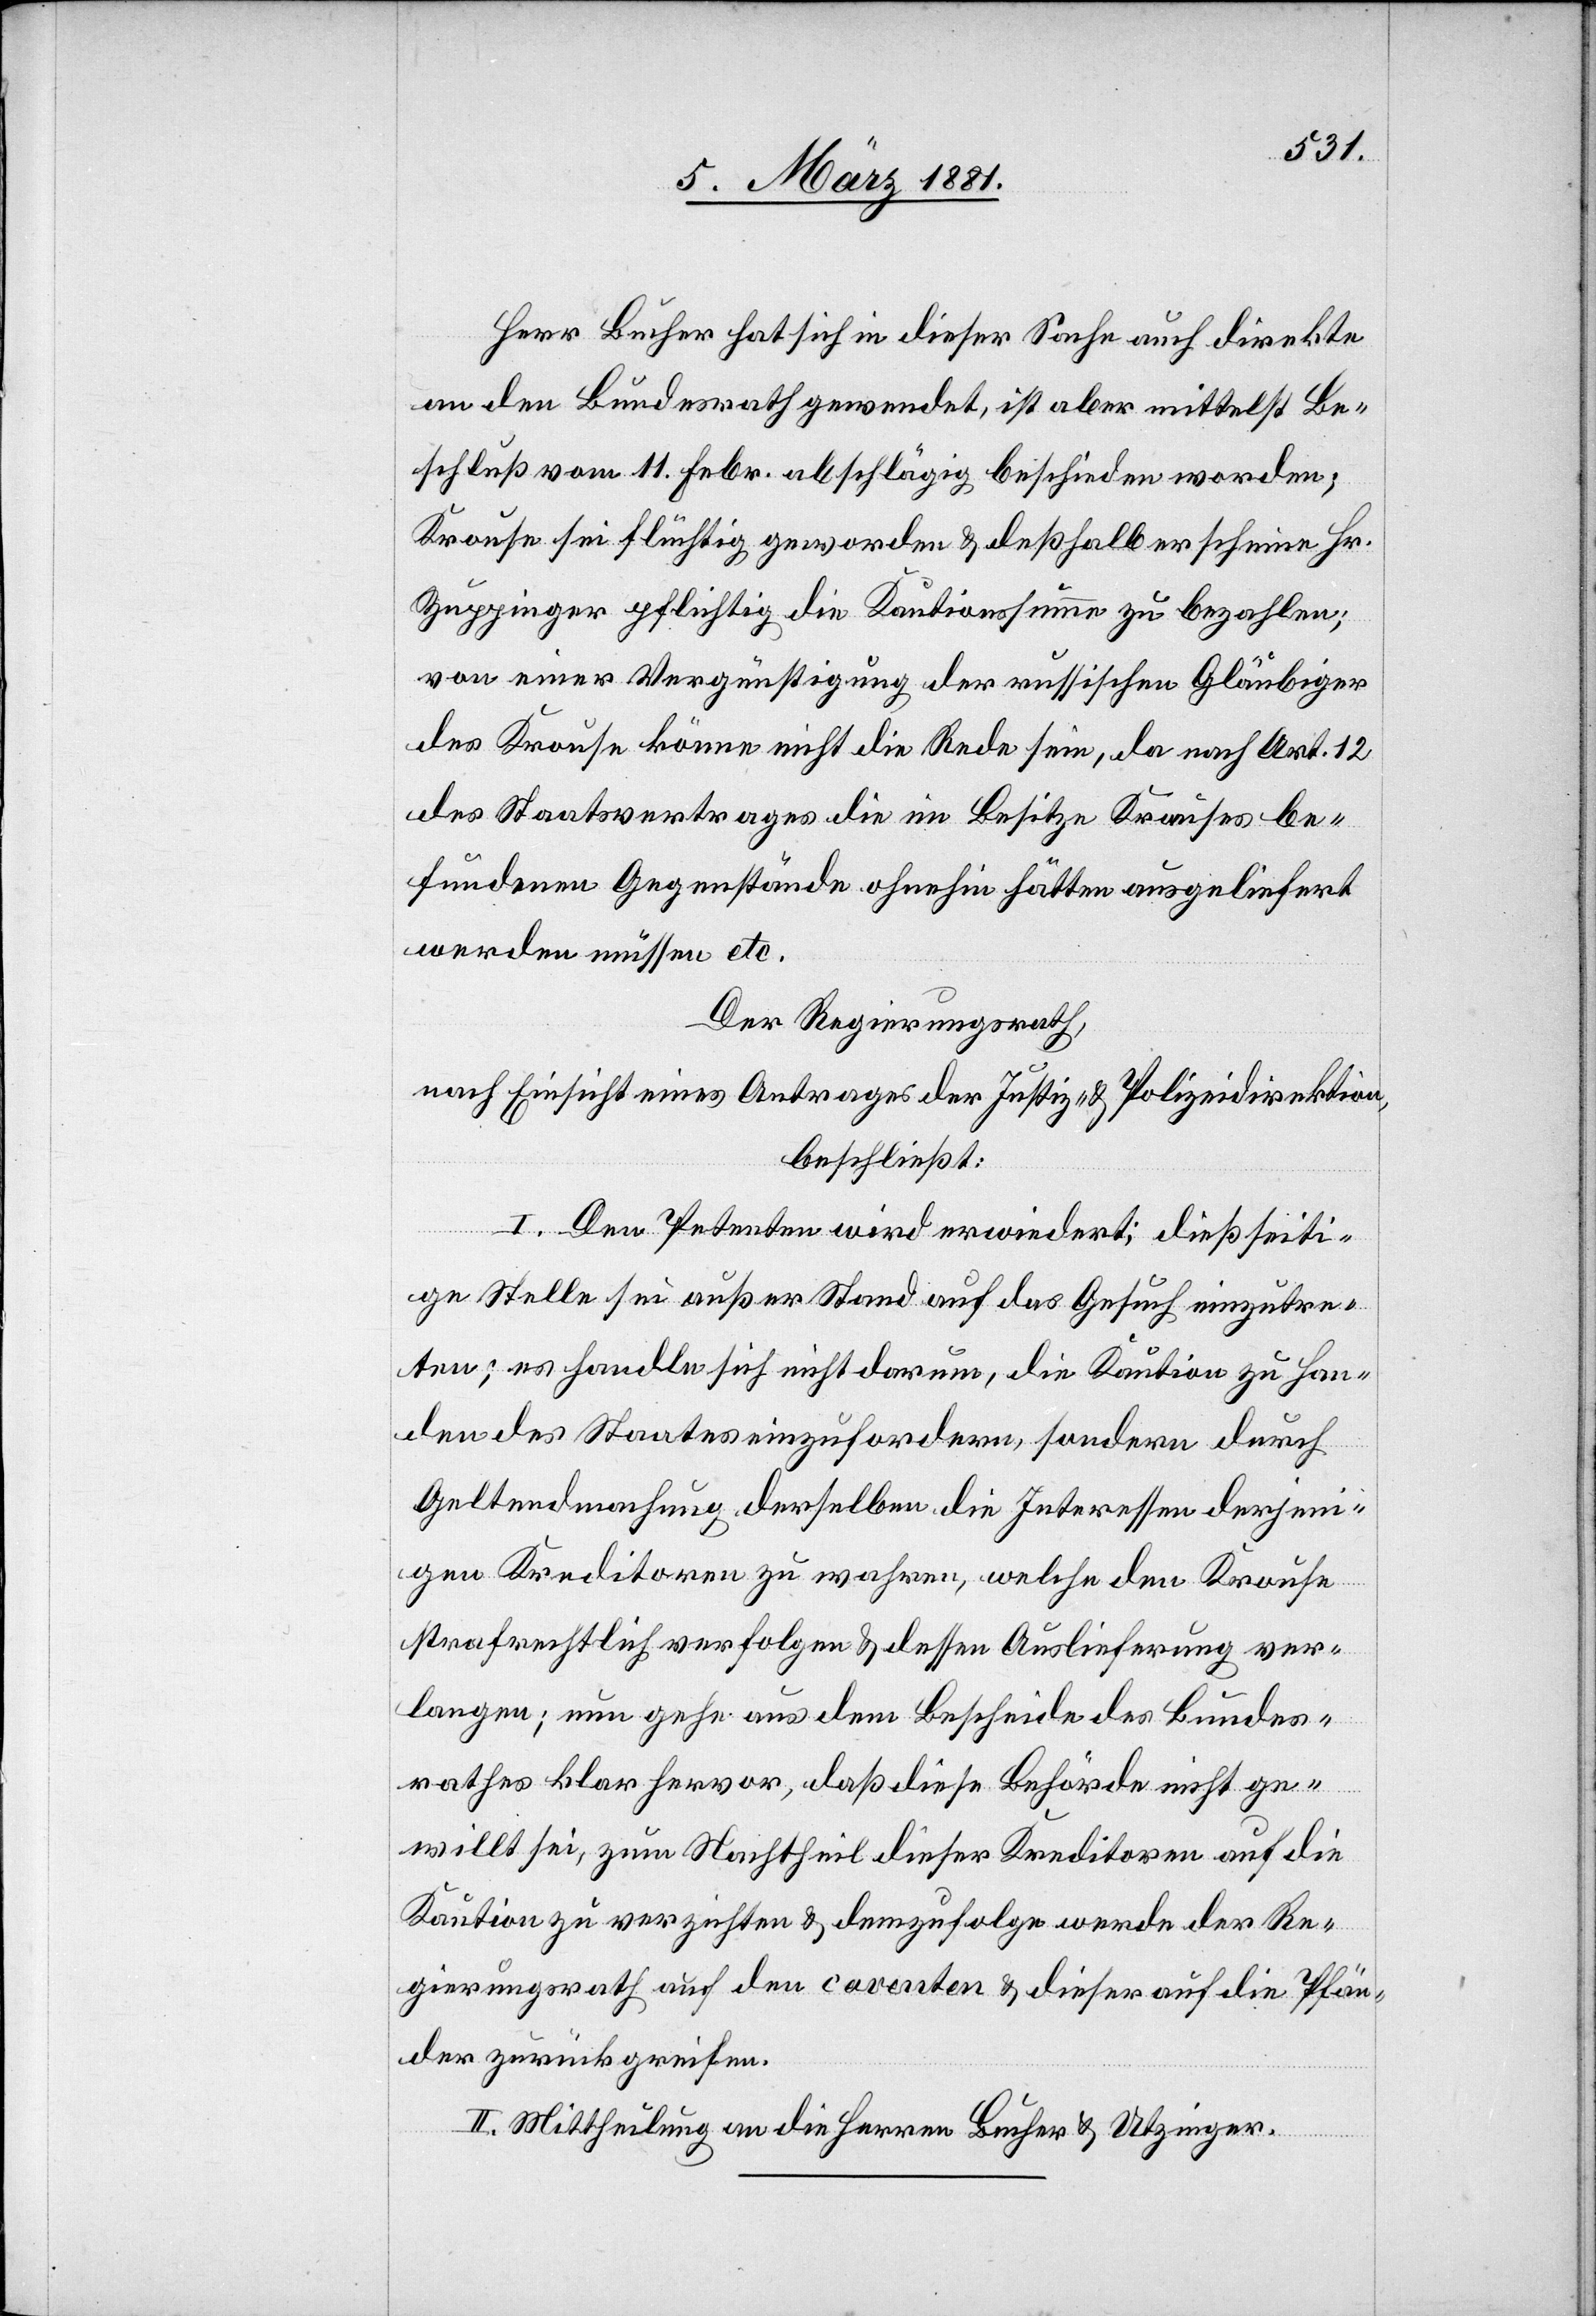
Herr Bucher hat sich in dieser Sache auch direkte
an den Bundesrath gewendet, ist aber mittelst Be¬
schluß vom 11. Febr. abschlägig beschieden worden;
Krause sei flüchtig geworden & deßhalb erscheine Hr.
Zuppinger pflichtig die Kautionssumme zu bezahlen;
von einer Vergünstigung der russischen Gläubiger
des Krause könne nicht die Rede sein, da nach Art. 12
des Staatsvertrages die im Besitze Krauses be¬
fundenen Gegenstände ohnehin hätten ausgeliefert
werden müssen etc.
Der Regierungsrath,
nach Einsicht eines Antrages der Justiz- & Polizeidirektion,
beschließt:
I. Den Petenten wird erwiedert; dießseiti¬
ge Stelle sei außer Stand auf das Gesuch einzutre¬
ten; es handle sich nicht darum, die Kaution zu Han¬
den des Staates einzufordern & dessen Auslieferung ver¬
langen; nun gehe aus dem Bescheide des Bundes¬
rathe klar hervor, daß diese Behörde nicht ge¬
willt sei, zum Nachtheil dieser Kreditoren auf die
Kaution verzichten & demzufolge werde der Re¬
gierungsrath auf den caventen & dieser auf die Pfän¬
der zurückgreifen.
II. Mittheilung an die Herren Bucher & Utzinger.